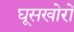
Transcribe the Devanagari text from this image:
घूसखोरों